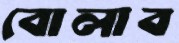
বোলাব